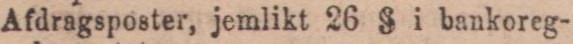
Afdragsposter, jemlikt 26 § i bankoreg-